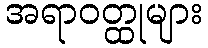
အရာဝတ္ထုများ